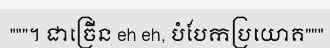
"""។ ជាច្រើន eh eh, បំបែកប្រយោគ"""